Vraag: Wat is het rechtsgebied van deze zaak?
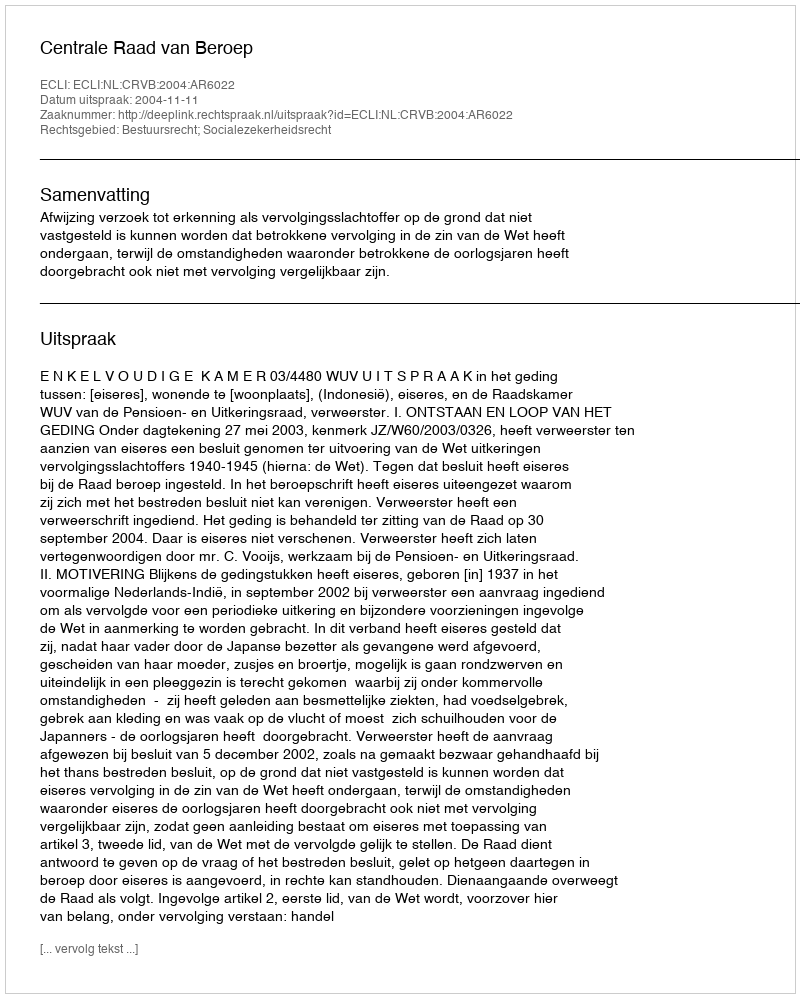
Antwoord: Bestuursrecht; Socialezekerheidsrecht